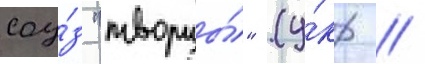
соу́з "творцы́" (у́кр //